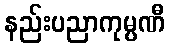
နည်းပညာကုမ္ပဏီ